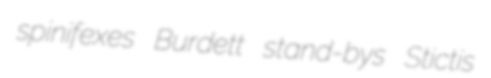
spinifexes Burdett stand-bys Stictis